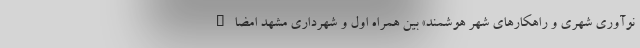
نوآوری شهری و راهکارهای شهر هوشمند» بین همراه اول و شهرداری مشهد امضاء